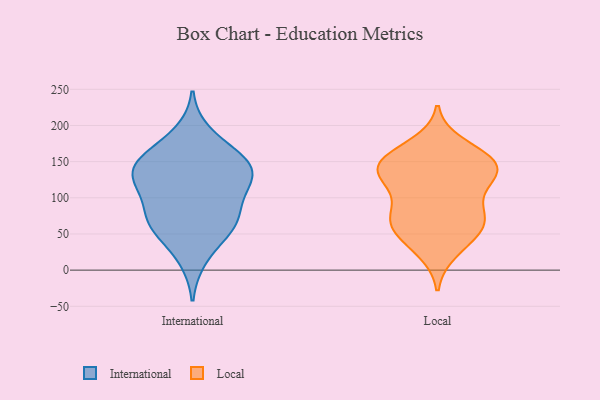
{"axis": {"x": "Shipments", "y": "Value"}, "legend": ["International", "Local"], "data": [{"x": "", "y": 156, "type": "International"}, {"x": "", "y": 70, "type": "International"}, {"x": "", "y": 133, "type": "International"}, {"x": "", "y": 152, "type": "International"}, {"x": "", "y": 159, "type": "International"}, {"x": "", "y": 51, "type": "International"}, {"x": "", "y": 140, "type": "International"}, {"x": "", "y": 79, "type": "International"}, {"x": "", "y": 115, "type": "International"}, {"x": "", "y": 128, "type": "International"}, {"x": "", "y": 189, "type": "International"}, {"x": "", "y": 63, "type": "International"}, {"x": "", "y": 103, "type": "International"}, {"x": "", "y": 64, "type": "International"}, {"x": "", "y": 129, "type": "International"}, {"x": "", "y": 16, "type": "International"}, {"x": "", "y": 72, "type": "Local"}, {"x": "", "y": 158, "type": "Local"}, {"x": "", "y": 59, "type": "Local"}, {"x": "", "y": 69, "type": "Local"}, {"x": "", "y": 35, "type": "Local"}, {"x": "", "y": 159, "type": "Local"}, {"x": "", "y": 141, "type": "Local"}, {"x": "", "y": 132, "type": "Local"}, {"x": "", "y": 56, "type": "Local"}, {"x": "", "y": 144, "type": "Local"}, {"x": "", "y": 64, "type": "Local"}, {"x": "", "y": 150, "type": "Local"}, {"x": "", "y": 174, "type": "Local"}, {"x": "", "y": 132, "type": "Local"}, {"x": "", "y": 25, "type": "Local"}, {"x": "", "y": 143, "type": "Local"}, {"x": "", "y": 79, "type": "Local"}, {"x": "", "y": 117, "type": "Local"}, {"x": "", "y": 92, "type": "Local"}, {"x": "", "y": 122, "type": "Local"}]}